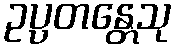
ဥပ္ပတန္တေသု